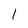
Character: 1